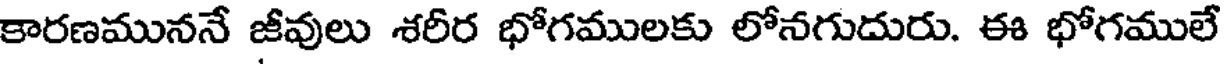
కారణముననే జీవులు శరీర భోగములకు లోనగుదురు. ఈ భోగములే